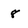
Character: 8